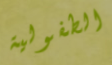
الطفولية